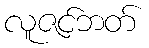
လူဇင်ဘတ်